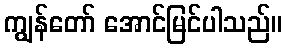
ကျွန်တော် အောင်မြင်ပါသည်။